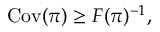
\begin{array} { r } { \mathrm { C o v } ( { \boldsymbol \pi } ) \geq F ( { \boldsymbol \pi } ) ^ { - 1 } , } \end{array}